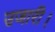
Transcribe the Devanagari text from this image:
उजारी।